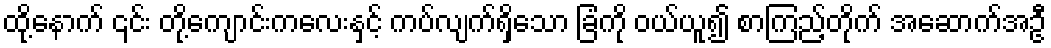
ထို့နောက် ၎င်း တို့ကျောင်းကလေးနှင့် ကပ်လျက်ရှိသော ခြံကို ဝယ်ယူ၍ စာကြည့်တိုက် အဆောက်အဦ